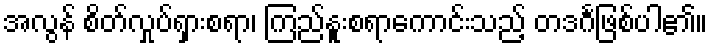
အလွန် စိတ်လှုပ်ရှားစရာ၊ ကြည်နူးစရာကောင်းသည့် တဒင်္ဂဖြစ်ပါ၏။